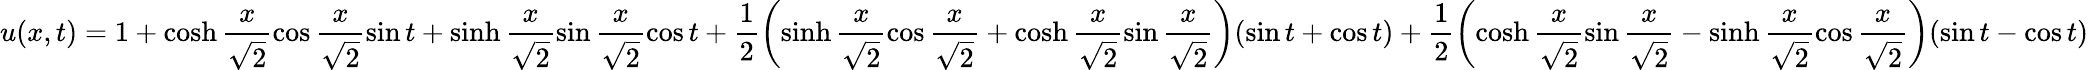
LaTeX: u(x,t)=1+\cosh\frac{x}{\sqrt 2}\cos\frac{x}{\sqrt 2}\sin t+\sinh\frac{x}{\sqrt 2}\sin\frac{x}{\sqrt 2}\cos t+\frac{1}{2}\left(\sinh\frac{x}{\sqrt 2}\cos\frac{x}{\sqrt 2}+\cosh\frac{x}{\sqrt 2}\sin\frac{x}{\sqrt 2}\right)(\sin t+\cos t)+\frac{1}{2}\left(\cosh\frac{x}{\sqrt 2}\sin\frac{x}{\sqrt 2}-\sinh\frac{x}{\sqrt 2}\cos\frac{x}{\sqrt 2}\right)(\sin t-\cos t)